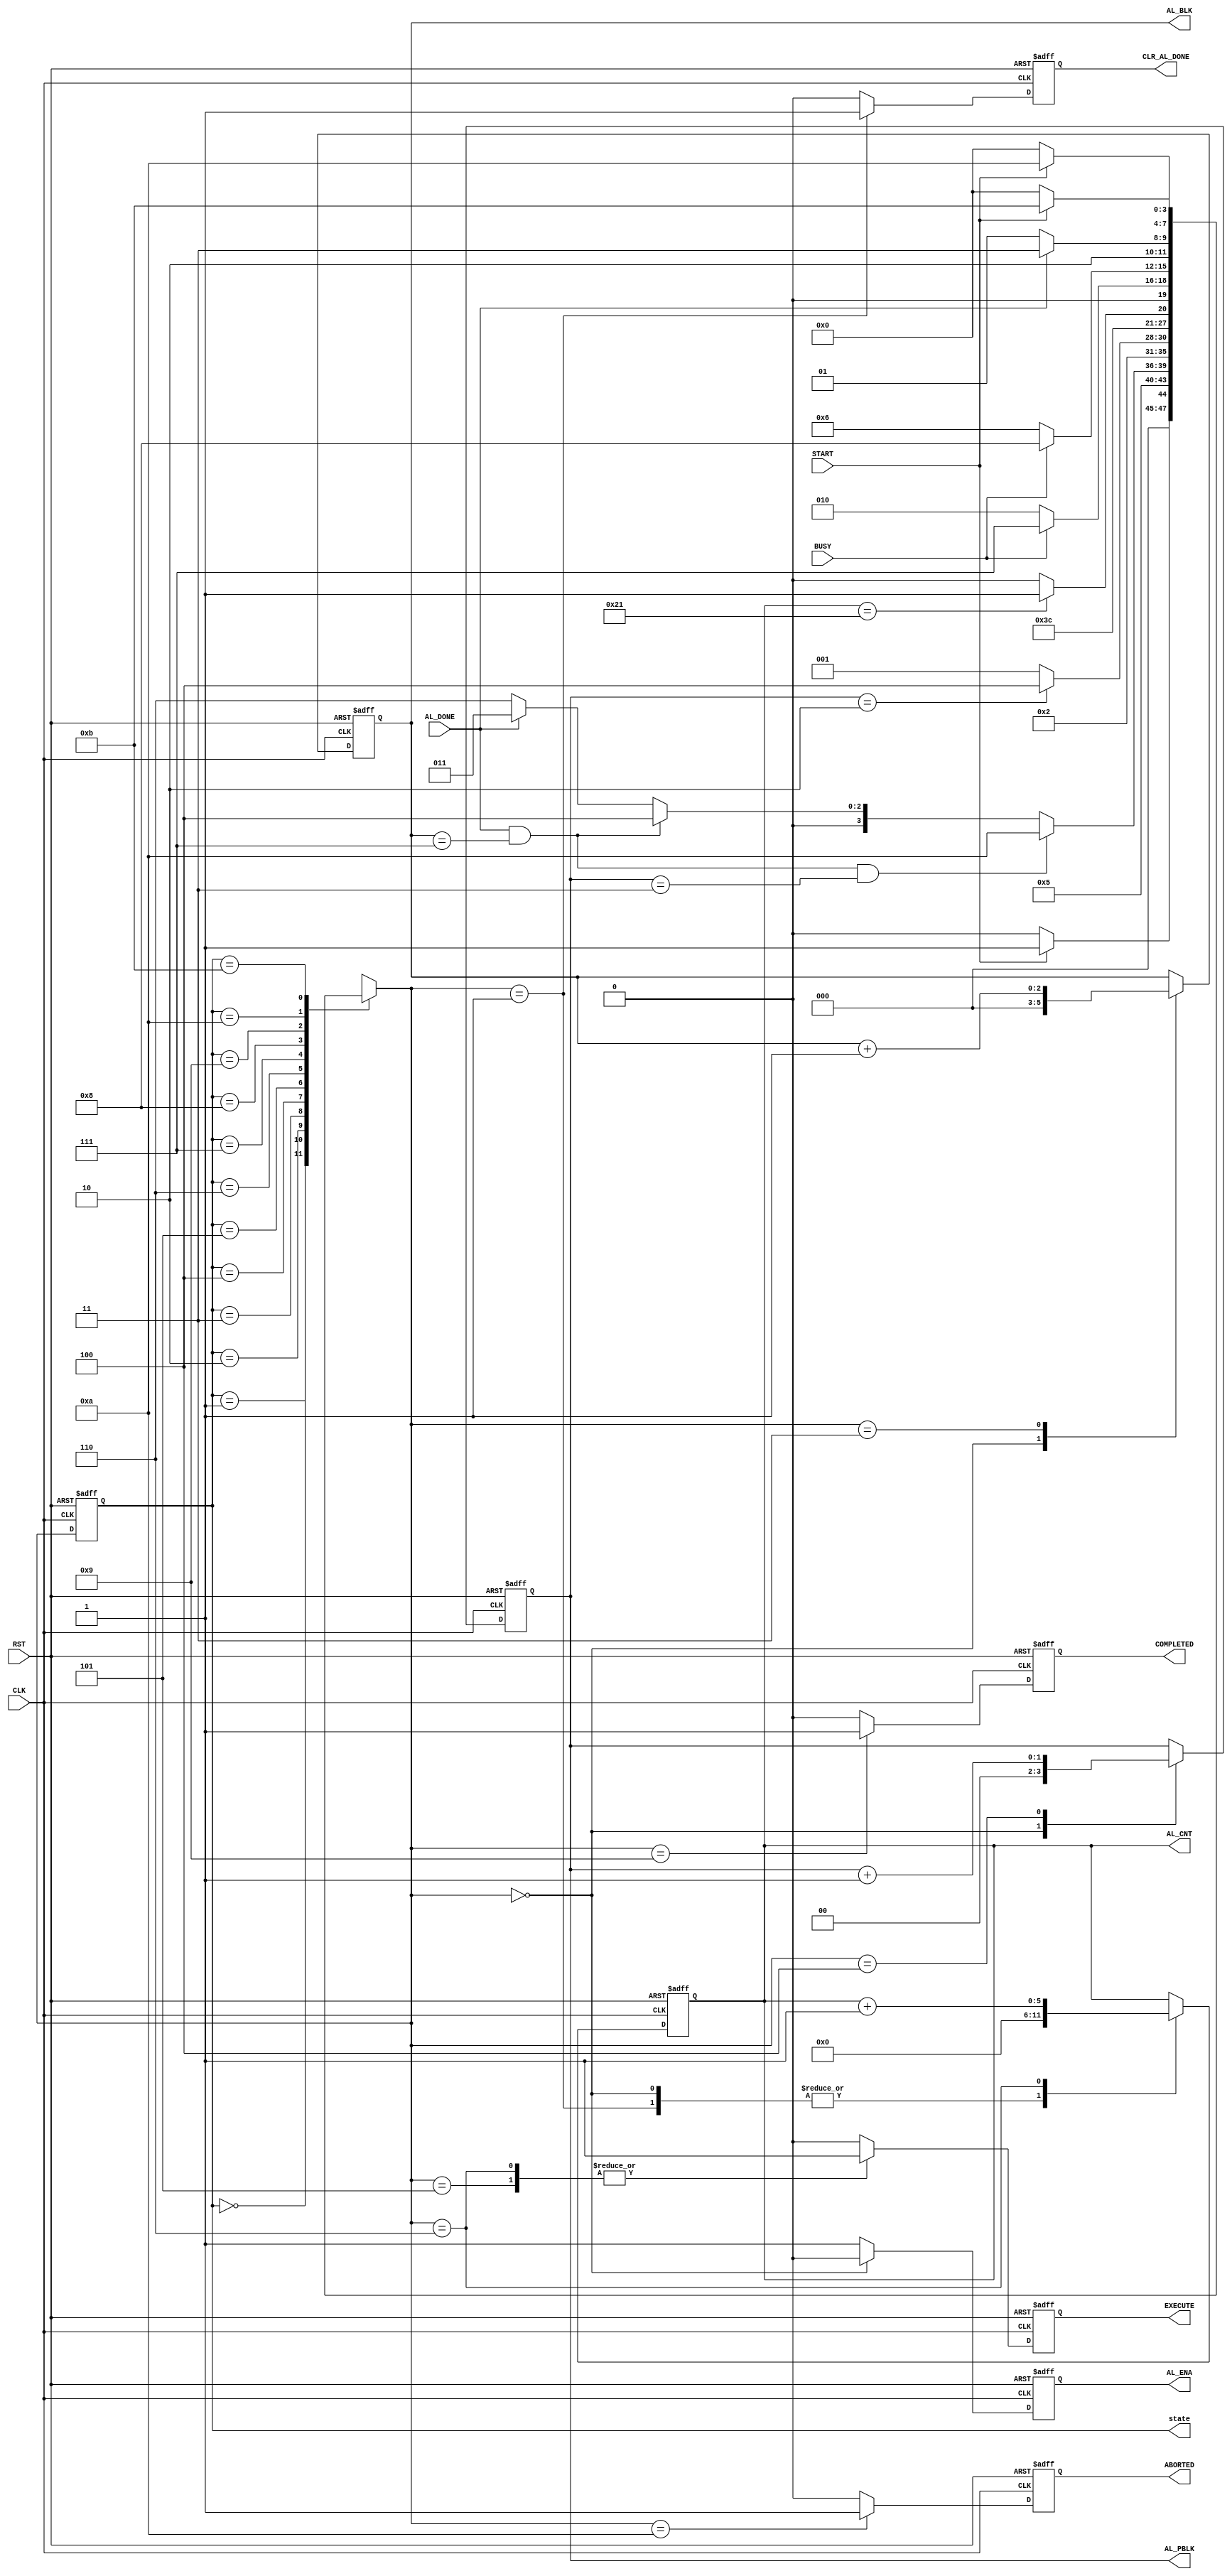

// Created by fizzim_tmr.pl version $Revision: 4.44 on 2017:01:13 at 14:10:08 (www.fizzim.com)

module auto_load_FSM 
  #(
    parameter MAX_ADDR = 6'd33,
    parameter MAX_BLK = 3'd7,
    parameter MAX_PBLK = 2'd3,
    parameter SKIP_PBLK = 2'd2
  )(
  output reg ABORTED,
  output reg [2:0] AL_BLK,
  output reg [5:0] AL_CNT,
  output reg AL_ENA,
  output reg [1:0] AL_PBLK,
  output reg CLR_AL_DONE,
  output reg COMPLETED,
  output reg EXECUTE,
  output reg [3:0] state,
  input AL_DONE,
  input BUSY,
  input CLK,
  input RST,
  input START 
);

  // state bits
  parameter 
  Idle       = 4'b0000, 
  AL_Ena     = 4'b0001, 
  Chk_Abort  = 4'b0010, 
  Inc_Blk    = 4'b0011, 
  Inc_PBlk   = 4'b0100, 
  Read_First = 4'b0101, 
  Read_One   = 4'b0110, 
  Wait2      = 4'b0111, 
  Wait3      = 4'b1000, 
  Wait4      = 4'b1001, 
  Wait5      = 4'b1010, 
  Wait6      = 4'b1011; 

  reg [3:0] nextstate;


  reg [2:0] block;
  reg [5:0] cnt;
  reg [1:0] pblk;

  // comb always block
  always @* begin
    nextstate = 4'bxxxx; // default to x because default_state_is_x is set
    AL_BLK = block; // default
    AL_CNT = cnt; // default
    AL_PBLK = pblk; // default
    case (state)
      Idle      : if      (START)                                                nextstate = AL_Ena;
                  else                                                           nextstate = Idle;
      AL_Ena    :                                                                nextstate = Read_First;
      Chk_Abort : if      (AL_DONE && (block == MAX_BLK) && (pblk == MAX_PBLK))  nextstate = Wait5;
                  else if (AL_DONE && (block == MAX_BLK))                        nextstate = Inc_PBlk;
                  else if (AL_DONE)                                              nextstate = Inc_Blk;
                  else                                                           nextstate = Read_One;
      Inc_Blk   :                                                                nextstate = AL_Ena;
      Inc_PBlk  : if      (pblk == SKIP_PBLK)                                    nextstate = Inc_PBlk;
                  else                                                           nextstate = AL_Ena;
      Read_First:                                                                nextstate = Wait2;
      Read_One  : if      (cnt == MAX_ADDR)                                      nextstate = Wait4;
                  else                                                           nextstate = Wait3;
      Wait2     : if      (!BUSY)                                                nextstate = Chk_Abort;
                  else                                                           nextstate = Wait2;
      Wait3     : if      (!BUSY)                                                nextstate = Read_One;
                  else                                                           nextstate = Wait3;
      Wait4     : if      (AL_DONE)                                              nextstate = Wait6;
                  else                                                           nextstate = Wait4;
      Wait5     : if      (!START)                                               nextstate = Idle;
                  else                                                           nextstate = Wait5;
      Wait6     : if      (!START)                                               nextstate = Idle;
                  else                                                           nextstate = Wait6;
    endcase
  end

  // Assign reg'd outputs to state bits

  // sequential always block
  always @(posedge CLK or posedge RST) begin
    if (RST)
      state <= Idle;
    else
      state <= nextstate;
  end

  // datapath sequential always block
  always @(posedge CLK or posedge RST) begin
    if (RST) begin
      ABORTED <= 0;
      AL_ENA <= 0;
      CLR_AL_DONE <= 0;
      COMPLETED <= 0;
      EXECUTE <= 0;
      block <= 3'h0;
      cnt <= 6'h00;
      pblk <= 2'h0;
    end
    else begin
      ABORTED <= 0; // default
      AL_ENA <= 1; // default
      CLR_AL_DONE <= 0; // default
      COMPLETED <= 0; // default
      EXECUTE <= 0; // default
      block <= block; // default
      cnt <= cnt; // default
      pblk <= pblk; // default
      case (nextstate)
        Idle      : begin
                           AL_ENA <= 0;
                           block <= 3'b000;
                           cnt <= 6'h00;
                           pblk <= 2'b00;
        end
        AL_Ena    : begin
                           CLR_AL_DONE <= 1;
                           cnt <= 6'h00;
        end
        Inc_Blk   :        block <= block + 1;
        Inc_PBlk  :        pblk <= pblk + 1;
        Read_First:        EXECUTE <= 1;
        Read_One  : begin
                           EXECUTE <= 1;
                           cnt <= cnt + 1;
        end
        Wait4     :        COMPLETED <= 1;
        Wait5     :        ABORTED <= 1;
      endcase
    end
  end

  // This code allows you to see state names in simulation
  `ifndef SYNTHESIS
  reg [79:0] statename;
  always @* begin
    case (state)
      Idle      : statename = "Idle";
      AL_Ena    : statename = "AL_Ena";
      Chk_Abort : statename = "Chk_Abort";
      Inc_Blk   : statename = "Inc_Blk";
      Inc_PBlk  : statename = "Inc_PBlk";
      Read_First: statename = "Read_First";
      Read_One  : statename = "Read_One";
      Wait2     : statename = "Wait2";
      Wait3     : statename = "Wait3";
      Wait4     : statename = "Wait4";
      Wait5     : statename = "Wait5";
      Wait6     : statename = "Wait6";
      default   : statename = "XXXXXXXXXX";
    endcase
  end
  `endif

endmodule